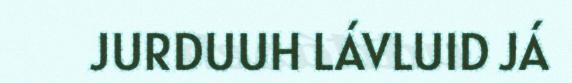
JURDUUH LÁVLUID JÁ